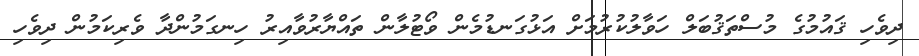
ދިވެހި ޤައުމުގެ މުސްތަޤުބަލް ހަވާލުކުރުމަށް އަޅުގަނޑުމެން ވޯޓުލާން ތައްޔާރުވާއިރު ހިނގަމުންދާ ވެރިކަމުން ދިވެހި